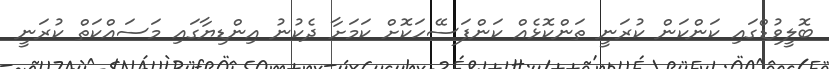
ބޮލީވުޑްގައި ކަންކަން ކުރަނީ ތަންކޮޅެއް ކަންފަސޭހަކޮށް ކަމަށާ ދެކުނު އިންޑިޔާގައި މަސައްކަތް ކުރަނީ